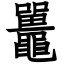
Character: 鼉